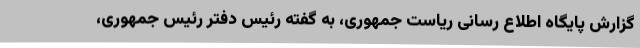
گزارش پایگاه اطلاع رسانی ریاست جمهوری، به گفته رئیس دفتر رئیس جمهوری،